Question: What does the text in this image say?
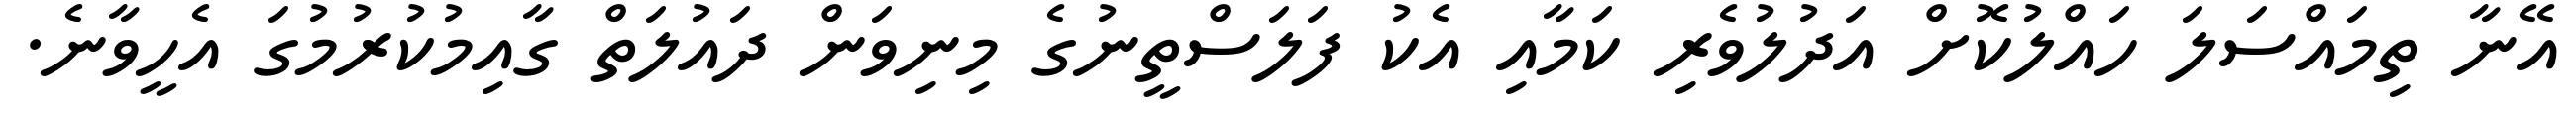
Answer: އޭނާ ތިމައްސަލަ ހައްލުކޮށް އަދުލުވެރި ކަމާއި އެކު ފަލަސްތީނުގެ މިނިވަން ދައުލަތް ގާއިމުކުރުމުގަ އެހީވާނެ.